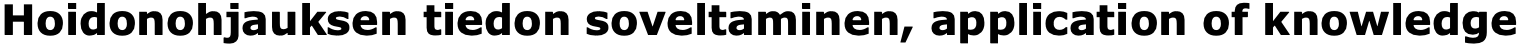
Hoidonohjauksen tiedon soveltaminen, application of knowledge